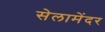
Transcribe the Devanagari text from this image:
सेलामेंदर